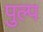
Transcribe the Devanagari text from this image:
पुल्प